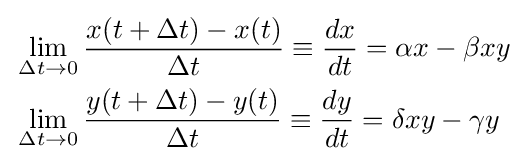
{\begin{aligned}&\lim _{\Delta t\rightarrow 0}{\frac {x(t+\Delta t)-x(t)}{\Delta t}}\equiv {\frac {dx}{dt}}=\alpha x-\beta xy\\&\lim _{\Delta t\rightarrow 0}{\frac {y(t+\Delta t)-y(t)}{\Delta t}}\equiv {\frac {dy}{dt}}=\delta xy-\gamma y\end{aligned}}